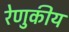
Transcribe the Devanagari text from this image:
रेणुकीय